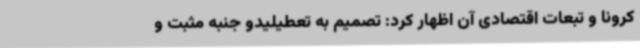
کرونا و تبعات اقتصادی آن اظهار کرد: تصمیم به تعطیلیدو جنبه مثبت و